koduurija_Pavel_Tisler, lk 3
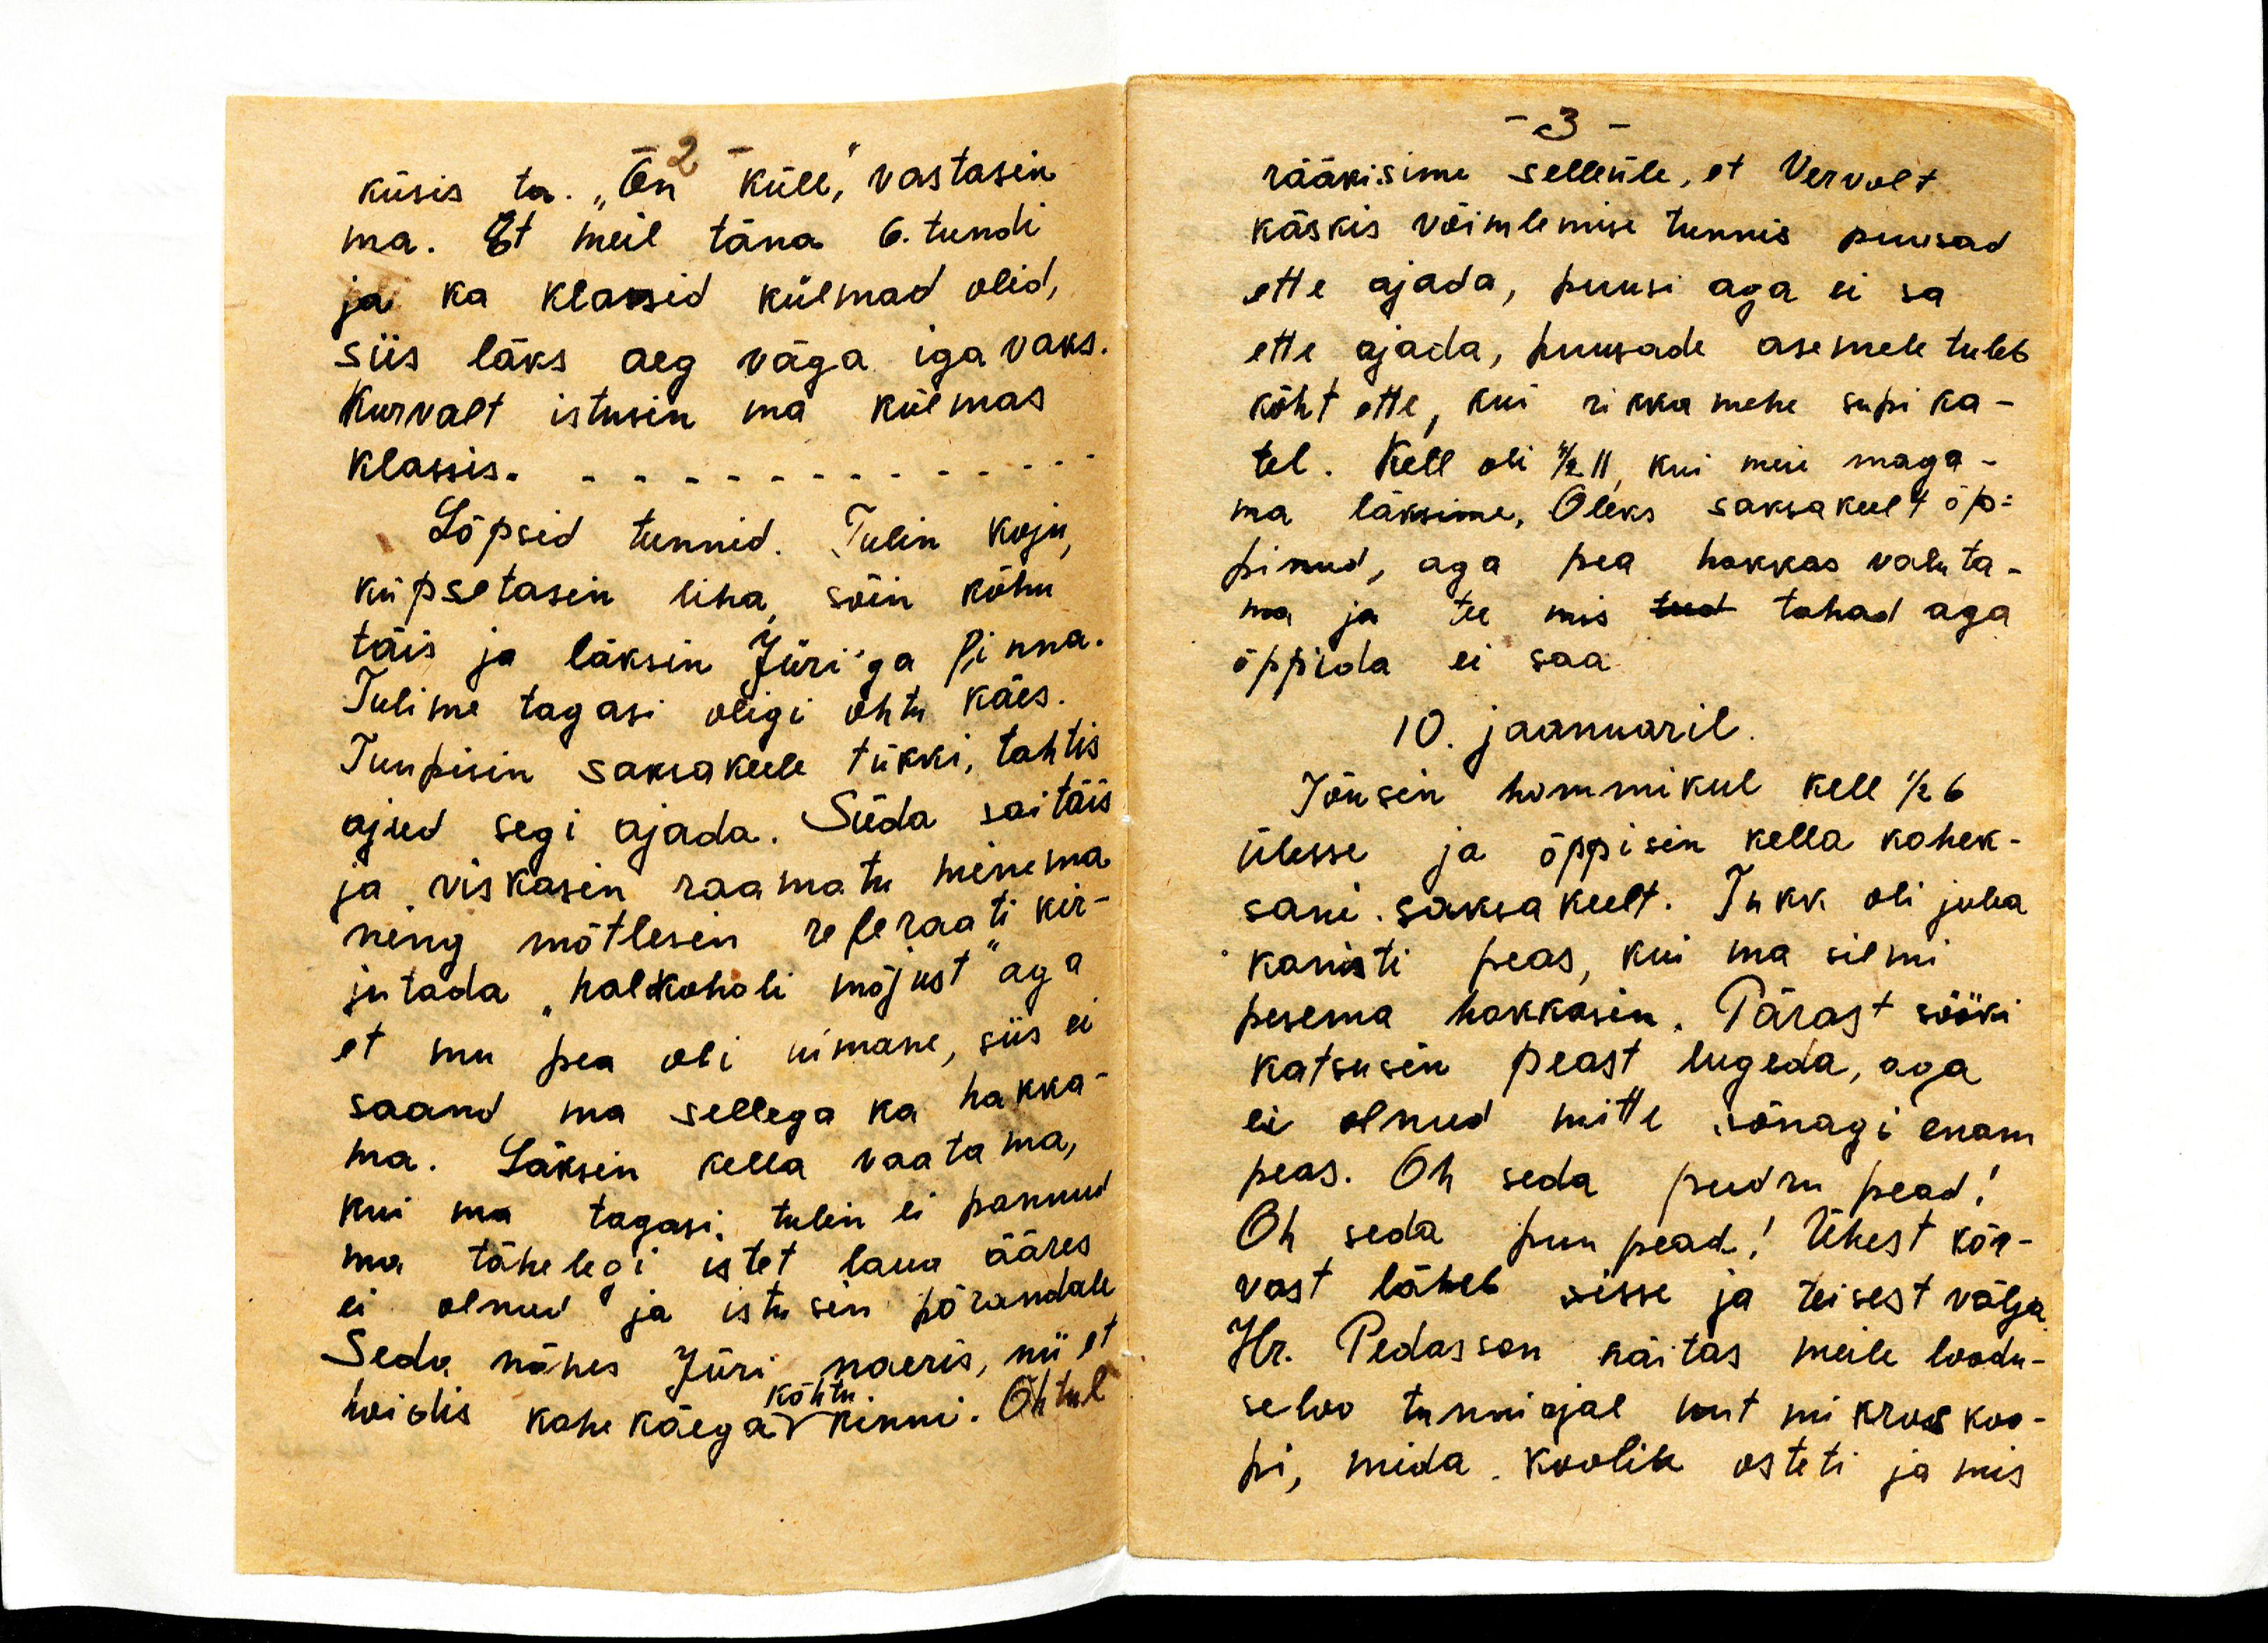
küsis ta. "On küll", vastasin
ma. Et mul täna 6. tundi
ja ka klassid külmad olid,
siis läks aeg väga igavaks.
Kurvalt istusin ma külmas
klassis.
Lõpsid tunnid. Tulin koju,
küpsetasin liha, sõin kõhu
täis ja läksin Jüri'ga P-inna.
Tulime tagasi oligi õhtu käes.
Tuupisin saksakeele tükki, tahtis
ajud segi ajada. Süda sai täis
ja viskasin raamatu minema
ning mõtlesin referaati kir-
jutada "halkoholi mõjust" aga
et mu pea oli uimane, siis ei
saand ma sellega ka hakka-
ma. Läksin kella vaatama,
kui ma tagasi tulin ei pannud
ma tähelegi istet laua ääres
ei olnud ja istusin põrandale.
Seda nähes Jüri naeris, nii et 
hoidis kahe käega kõhtu kinni. Õhtul

rääkisime selleüle, et Vervolt
käskis võimlemise tunnis puusad
ette ajada, puusi aga ei sa
ette ajada, puusade asemele tuleb
kõht ette, kui rikka mehe supi ka-
tel. Kell oli 1/2 11, kui meie maga-
ma läksime. Oleks saksa keelt õp-
pinud, aga pea hakkas valuta-
ma, ja tee mis teed tahad aga
õppida ei saa.
10. jaanuaril
Tõusin hommikul kell 1/2 6
ülesse ja õppisin kella kahek-
sani saksa keelt. Tükk oli juba
kenasti peas, kui ma silmi
pesema hakkasin. Pärast sööki
katsusin peast lugeda, aga
ei olnud mitte sõnagi enam
peas. Oh seda pudru pead!
Oh seda puu pead! Ühest kõr-
vast läheb sisse ja teisest välja
Hr. Pedasson näitas meile loodu-
seloo tunni ajal uut mikroskoo-
pi, mida koolile osteti ja mis